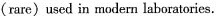
(rare)used in modern laboratories.